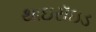
થાઇરૉઇડ